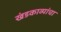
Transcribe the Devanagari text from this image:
खंडकाव्यांचा